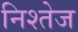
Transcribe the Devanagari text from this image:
निश्तेज